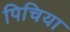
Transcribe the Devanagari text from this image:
पिचिया